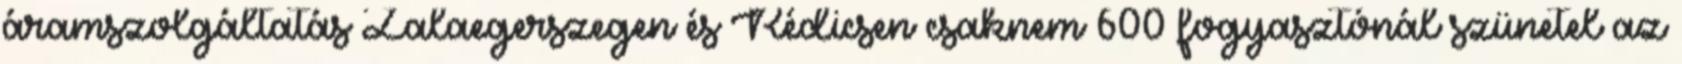
áramszolgáltatás Zalaegerszegen és Rédicsen csaknem 600 fogyasztónál szünetel az